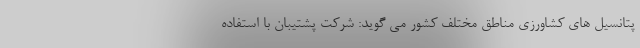
پتانسیل های کشاورزی مناطق مختلف کشور می گوید: شرکت پشتیبان با استفاده